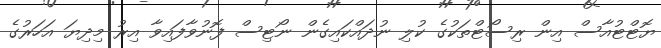
ޔޮޓްޓުއާސް އިން ރިސޯޓްތަކުގެ ކުލި ނުދައްކައިގެން ނޯޓިސް ފޮނުވާފައިވާ އިރު މިދިޔަ އަހަރުގެ